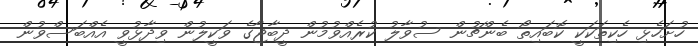
ހުށަހެޅި ހެކިތަކަކީ ކޮބައިތޯ ބެންޗުން ސުވާލު ކުރެއްވުމުން ދީބާޖާގެ ވަކީލުން ވިދާޅުވީ އެއްބަސްވުން